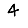
Digit: 4